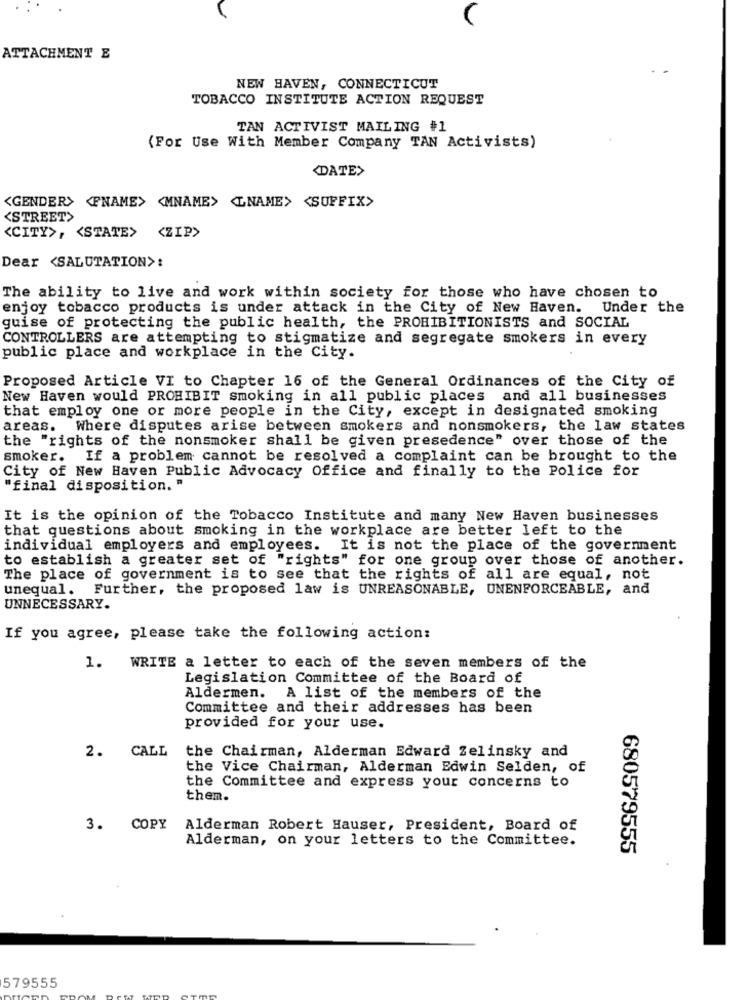
ATTACHMENT E
NEW HAVEN, CONNECTICUT
TOBACCO INSTITUTE ACTION REQUEST
TAN ACTIVIST MAILING #1
(For Use With Member Company TAN Activists)
DATE>
<GENDER> <FNAME> <MNAME> <LNAME> <SUFFIX>
<STREET>
<CITY>, < STATE> <ZIP>
Dear <SALUTATION>:
The ability to live and work within society for those who have chosen to
enjoy tobacco products is under attack in the City of New Haven. Under the
guise of protecting the public health, the PROHIBITIONISTS and SOCIAL
CONTROLLERS are attempting to stigmatize and segregate smokers in every
public place and workplace in the City.
Proposed Article VI to Chapter 16 of the General Ordinances of the City of
New Haven would PROHIBIT smoking in all public places and all businesses
that employ one or more people in the City, except in designated smoking
areas.
Where disputes arise between smokers and nonsmokers, the law states
the "rights of the nonsmoker shall be given presedence" over those of the
smoker. If a problem cannot be resolved a complaint can be brought to the
City of New Haven Public Advocacy Office and finally to the Police for
"final disposition. "
It is the opinion of the Tobacco Institute and many New Haven businesses
that questions about smoking in the workplace are better left to the
individual employers and employees. It is not the place of the government
to establish a greater set of "rights" for one group over those of another.
The place of government is to see that the rights of all are equal, not
unequal. Further, the proposed law is UNREASONABLE, UNENFORCEABLE, and
UNNECESSARY.
If you agree, please take the following action:
1.
WRITE a letter to each of the seven members of the
Legislation Committee of the Board of
Aldermen. A list of the members of the
Committee and their addresses has been
provided for your use.
2. CALL
the Chairman, Alderman Edward Zelinsky and
the Vice Chairman, Alderman Edwin Selden, of
the Committee and express your concerns to
them.
3. COPY
Alderman Robert Hauser, President, Board of
Alderman, on your letters to the Committee.
680579555
579555